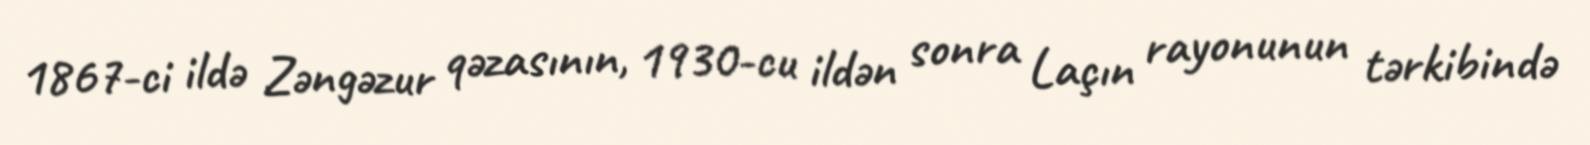
1867-ci ildə Zəngəzur qəzasının, 1930-cu ildən sonra Laçın rayonunun tərkibində